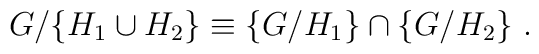
G/\{H_1 \cup H_2\}\equiv \{G/H_1\} \cap \{G/H_2\}~.~\,